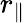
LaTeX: r_{\parallel}